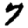
Digit: 7